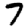
Digit: 7